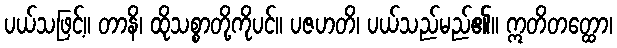
ပယ်သဖြင့်။ တာနိ၊ ထိုသစ္စာတို့ကိုပင်။ ပဇဟတိ၊ ပယ်သည်မည်၏။ ဣတိတတ္ထော၊